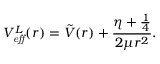
V _ { \it e f f } ^ { L } ( r ) = \tilde { V } ( r ) + \frac { \eta + \frac { 1 } { 4 } } { 2 \mu r ^ { 2 } } .